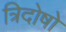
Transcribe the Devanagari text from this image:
त्रिदोषो